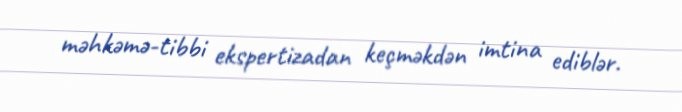
məhkəmə-tibbi ekspertizadan keçməkdən imtina ediblər.